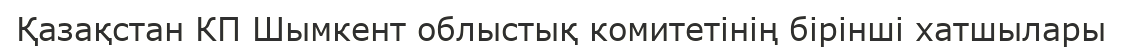
Қазақстан КП Шымкент облыстық комитетінің бірінші хатшылары